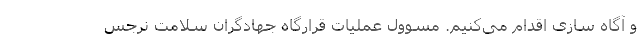
و آگاه سازی اقدام می‌کنیم. مسوول عملیات قرارگاه جهادگران سلامت نرجس